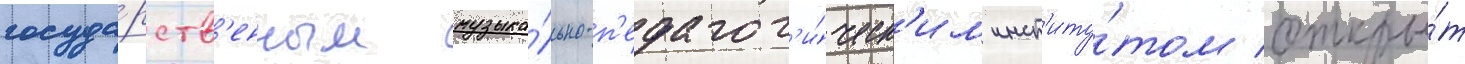
госуда́рств'енным музыка́льно-п'едагог'и́ческ'им инст'иту́том откры́т